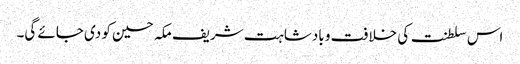
اس سلطنت کی خلافت و بادشاہت شریف مکہ حسین کو دی جائے گی۔